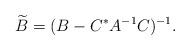
LaTeX: \begin{align*} \widetilde{B}=(B-C^*A^{-1}C)^{-1}.\end{align*}